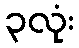
၃လုံး